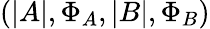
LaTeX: \left(|A|,\Phi_{A},|B|,\Phi_{B}\right)